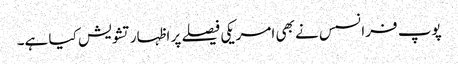
پوپ فرانسس نے بھی امریکی فیصلے پر اظہار تشویش کیا ہے۔